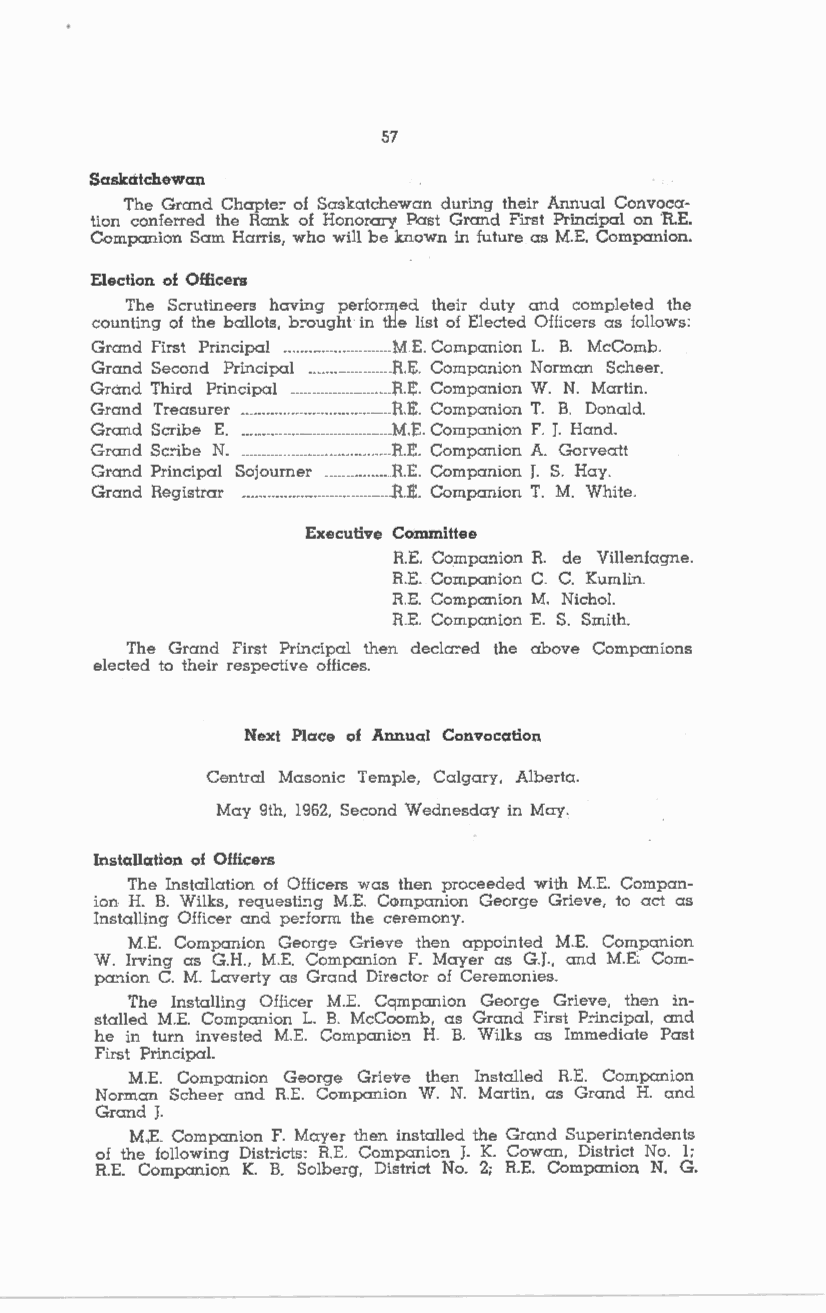
57
 Saskatchewan
 The Grand Chapte: of Saskatchewan during their Annual Convoca
 tion conferred the Rank of Honomry Bast Grand First Principal on R.E.
 Companion Sam Harris, who will be known in future as M.E. Companion.
 Election of Officers
 The Scrutineers having performed their duty and completed the
 counting of the ballots, b:ought in the list of Elected Officers as follows:
 Grand First Principal .......................... M.E. Companion L. B. McComb.
 Grand Second Principal .................... R.E. Companion Norman Scheer.
 Grand Third Principal ........................ R.E. Companion W. N. Martin.
 Grand Treasurer .................................... R.E. Companion T. B. Donald.
 Grand Scribe E. .. .................................. M.E. Companion F. J. Hand.
 Grand Sc:-ibe N. .. .................................. R.E. Companion A. Gorveatt
 Grand Principal Sojourner ................ R.E. Companion J. S. Hay.
 Grand Registrar .................................... R.E. Companion T. M. White.
 Executive Committee
 R.E. Compa!lion R. de Villenfagne.
 R.E. Companion C. C. Kumlin.
 R.E. Companion M. Nichol.
 R.E. Companion E. S. Smith.
 The Grand First Princioal then decla:-ed the above Companions
 elected to their respective oifices.
 Next Place of Annual Convocation
 Central Masonic Temple, Calgary, Alberta.
 May 9th, 1962, Second Wednesday in May.
 Installation of Officers
 The Installation of Officers was then proceeded with M.E. Compan
 ion H. B. Wilks, requesti!lg M.E. Companion George Grieve, to act as
 Installing Officer and pe:-form the ceremony.
 M.E. Companion George Grieve then appointed M.E. Companion
 W. Irving as G.H., M.E. Companion F. Mayer as G.J., and M.E. Com
 panion C. M. Laverty as Grand Director of Ceremonies.
 The Installing Officer M.E. Companion George Grieve, then in
 stalled M.E. Companion L. B. McCoomb, as Grand First P:incipal, and
 he in turn invested M.E. Companio!l H. B. Wilks as Immediate Past
 First Principal.
 M.E. Companion George Grieve then Installed R.E. Companion
 Norman Scheer and R.E. Companion W. N. Martin, as Grand H. and
 Grand J.
 M<E. Companion F. Mayer then installed the Grand Superintendents
 of the following Disbcts: R.E. Companion J. K. Cowan, District No. l;
 R.E. Companion K. B. Solberg, District No. 2; R.E. Companion N. G.